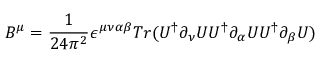
B ^ { \mu } = \frac { 1 } { 2 4 \pi ^ { 2 } } \epsilon ^ { \mu \nu \alpha \beta } T r ( U ^ { \dagger } \partial _ { \nu } U U ^ { \dagger } \partial _ { \alpha } U U ^ { \dagger } \partial _ { \beta } U )